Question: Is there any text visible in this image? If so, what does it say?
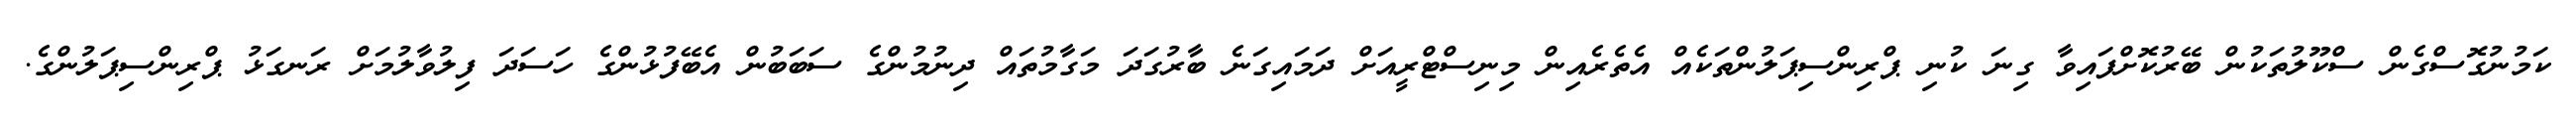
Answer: ކަމުނުގޮސްގެން ސްކޫލުތަކުން ބޭރުކޮށްފައިވާ ގިނަ ކުނި ޕްރިންސިޕަލުންތަކެއް އެތެރެއިން މިނިސްޓްރީއަށް ދަމައިގަނެ ބާރުގަދަ މަގާމުތައް ދިނުމުންގެ ސަބަބުން އެބޭފުޅުންގެ ހަސަދަ ފިލުވާލުމަށް ރަނގަޅު ޕްރިންސިޕަލުންގެ.